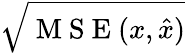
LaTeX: \sqrt{\mathrm{~M~S~E~}(x,\hat{x})}